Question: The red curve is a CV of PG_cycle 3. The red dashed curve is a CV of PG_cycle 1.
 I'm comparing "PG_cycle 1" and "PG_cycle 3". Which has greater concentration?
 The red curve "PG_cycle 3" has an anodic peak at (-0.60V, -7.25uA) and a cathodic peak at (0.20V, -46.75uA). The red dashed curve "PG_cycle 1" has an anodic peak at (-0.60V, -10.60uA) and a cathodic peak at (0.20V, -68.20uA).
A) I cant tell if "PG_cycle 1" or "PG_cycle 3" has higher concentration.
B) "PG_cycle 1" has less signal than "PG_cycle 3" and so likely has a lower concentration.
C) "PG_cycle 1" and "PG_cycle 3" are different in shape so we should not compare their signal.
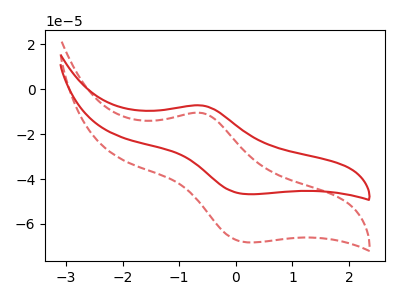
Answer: <think>All the peaks in "PG_cycle 1" have a peak in "PG_cycle 3" at the same potential.
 </think>
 <answer>A) I cant tell if "PG_cycle 1" or "PG_cycle 3" has higher concentration.</answer>
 <eval>A</eval>